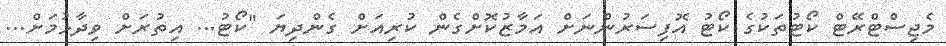
މެޖިސްޓްރޭޓް ކޯޓުތަކުގެ ކޯޓު އޮފިސަރުންނަށް އަމާޒުކޮށްގެން ކުރިއަށް ގެންދިޔަ "ކޯޓު... އިތުރަށް ވިދާޅުމަށް...